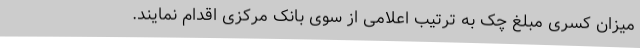
میزان کسری مبلغ چک به ترتیب اعلامی از سوی بانک مرکزی اقدام نمایند.